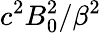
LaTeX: c^{2}B_{0}^{2}/\beta^{2}